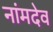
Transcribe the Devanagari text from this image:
नांमदेव